system: You are a helpful assistant.
user:
Analyze the provided spectrum to determine if it is a **Carbon Star (C-type)**.

- **Key Visual Indicators of Carbon Star:**
    - **(Primary):** Strong molecular absorption from **C₂ (diatomic carbon) "Swan Bands."** This is the **defining feature** of a carbon star.
        - **(Key Bandheads):** Sharp absorption edges are visible at approximately $5635$ Å, $5165$ Å (the strongest band), and $4737$ Å.
        - **(Line Profile):** Creates a distinct **"saw-tooth"** pattern. The key morphology is a sharp, steep bandhead on the **red (long-wavelength) side**, which then gradually tapers off (i.e., flux recovers) towards the **blue (short-wavelength) side**. *(This is the direct opposite of the TiO bands seen in M-type stars)*.

    - **(Secondary):** Intense **CN (cyanogen)** molecular absorption bands.
        - **(Key Bandheads):** Located in the blue and violet regions of the spectrum (e.g., near $4215$ Å and $3883$ Å).
        - **(Morphology):** These bands are extremely broad and act as a "blanket," absorbing the vast majority of blue and violet light. This creates a characteristic **"cliff"** or **"steep drop-off"** in the spectrum's flux at short wavelengths.

    - **(Key Confirmation):** Strong **CH absorption band (G-band)**.
        - **(Key Bandhead):** Located around $4300$ Å. The contribution from CH molecules to this band is exceptionally strong.

    - **(Overall Spectrum):**
        - The continuum is severely "chopped up" by these deep molecular bands, especially C₂, rather than appearing as a smooth curve.
        - Due to the heavy CN and C₂ absorption in the blue-green, the vast majority of the star's flux is concentrated in the red part of the spectrum, giving the star its characteristic deep red color.

Think first, call **spectral_visualization_tool** if needed to examine features in detail, then provide your final answer. Your response must adhere to the following strict rules:
1.  **Overall Structure:** Your response must follow the format `<think>...</think> <tool_call>...</tool_call> (if a tool is used) <answer>...</answer>`.
2.  **Tool Usage Constraint:** You may only make **one** tool call per turn.
3.  **Final Answer Format:** In the `<answer>` tag, your conclusion must be inside a `\boxed{}` command (e.g., `\boxed{YES}`), followed by your justification.

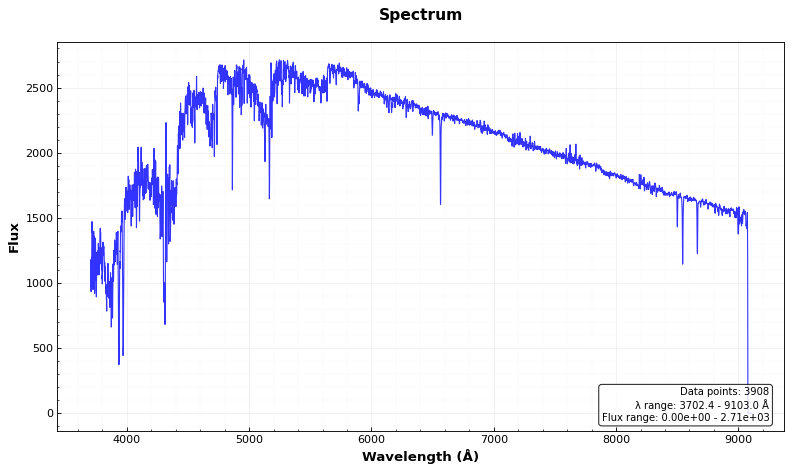
Answer: YES